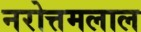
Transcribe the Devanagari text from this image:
नरोत्तमलाल